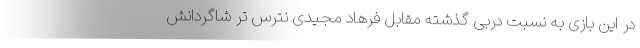
در این بازی به نسبت دربی گذشته مقابل فرهاد مجیدی نترس تر شاگردانش